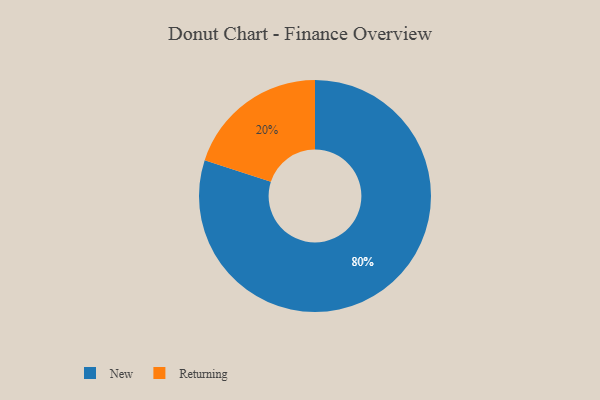
{"axis": {"x": "Category", "y": "Percentage"}, "legend": ["New", "Returning"], "data": [{"x": "New", "y": 80, "type": "New"}, {"x": "Returning", "y": 20, "type": "Returning"}]}